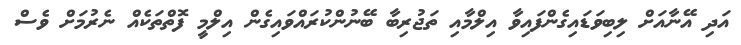
އަދި އޭނާއަށް ލިބިވަޑައިގެންފައިވާ އިލްމާއި ތަޖުރިބާ ބޭނުންކުރައްވައިގެން އިލްމީ ފޮތްތަކެއް ނެރުމަށް ވެސް